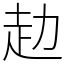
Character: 赲